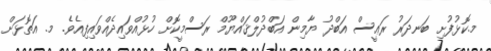
މ.ކޮޅުފުށި ބަނދަރު ރަޢީސް އަބްދު ޔާމިން އަބްދުލްޤައްޔޫމް ރަސްމީކޮށް ހުޅުއްވައިދެއްވައިފިއެވެ. މ. އަތޮޅަށް